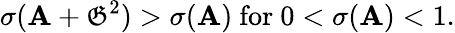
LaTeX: \sigma(\mathbf{A}+{\mathfrak{{G}}}^{2})>\sigma(\mathbf{A}){\mathrm{{~for~}}}0<\sigma(\mathbf{A})<1.